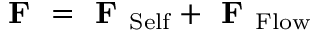
\textbf { F } = \textbf { F } _ { \mathrm { S e l f } } + \textbf { F } _ { \mathrm { F l o w } }